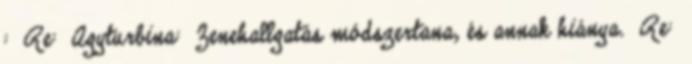
: Re: Agyturbina: Zenehallgatás módszertana, és annak hiánya. Re: